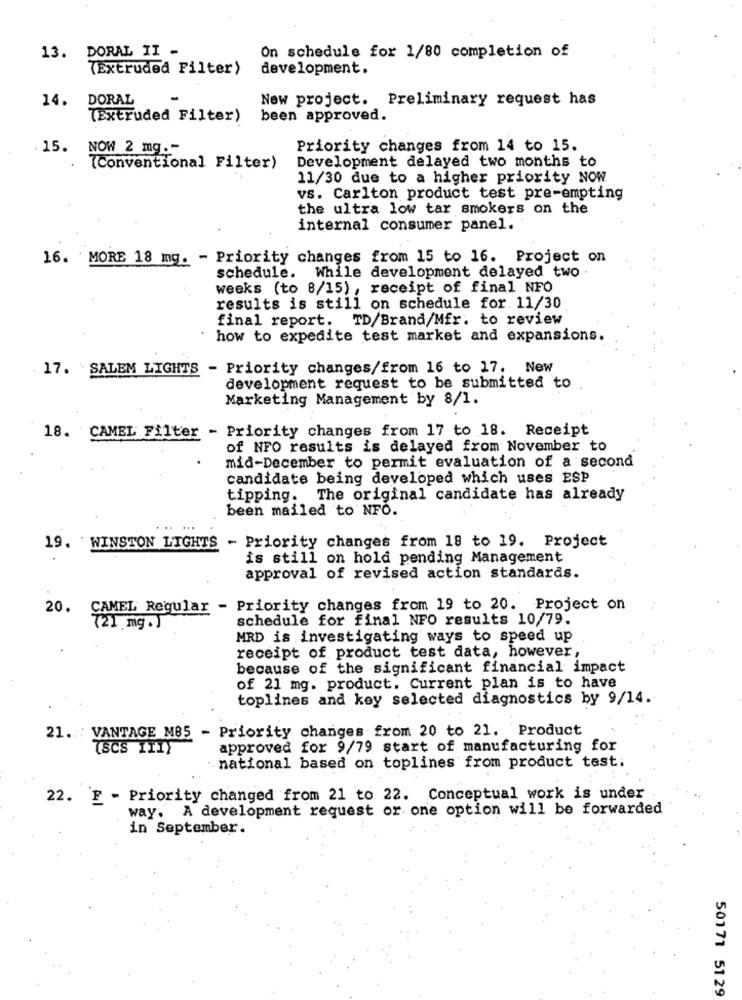
13. DORAL II -
On schedule for 1/80 completion of
TExtruded Filter>
development.
New project. Preliminary request has
14.
DORAL
TExtruded Filter)
been approved.
15. NOW 2 mg .-
Priority changes from 14 to 15.
Development delayed two months to
(Conventional Filter)
11/30 due to a higher priority NOW
vs. Carlton product test pre-empting
the ultra low tar smokers on the
internal consumer panel.
16. MORE 18 mg. - Priority changes from 15 to 16. Project on
schedule. While development delayed two .
weeks (to 8/15), receipt of final NFO
results is still on schedule for 11/30
final report. TD/Brand/Mfr. to review
how to expedite test market and expansions.
17. SALEM LIGHTS - Priority changes/from 16 to 17. New
development request to be submitted to
Marketing Management by 8/1.
18. CAMEL Filter - Priority changes from 17 to 18. Receipt
of NFO results is delayed from November to
mid-December to permit evaluation of a second
candidate being developed which uses ESP
tipping. The original candidate has already
been mailed to NFO.
19. WINSTON LIGHTS - Priority changes from 18 to 19. Project
is still on hold pending Management
approval of revised action standards.
20. CAMEL Regular - Priority changes from 19 to 20. Project on
schedule for final NFO results 10/79.
(21 mg.]
MRD is investigating ways to speed up
receipt of product test data, however,
because of the significant financial impact
of 21 mg. product. Current plan is to have
toplines and key selected diagnostics by 9/14.
21. VANTAGE M85 - Priority changes from 20 to 21. Product
ISCS ITIY
approved for 9/79 start of manufacturing for
national based on toplines from product test.
22. F - Priority changed from 21 to 22. Conceptual work is under
way. A development request or one option will be forwarded
in September.
50171 5129